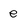
Character: e